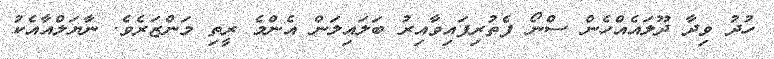
ހުދު ވިދާ ދޫލައެއްހެން ސްނޯ ފެތުރިފައިވާއިރު ބަލައިލަން އެންމެ ރީތި މަންޒަރެވެ. ނާޔަލްއާއެކު